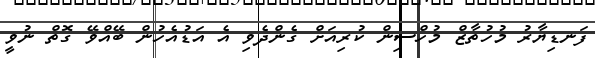
ފަނޑިޔާރު މުހުތާޒް މުހްސިން ކުރިއަށް ގެންދެވި އެ އަޑުއެހުން ބޭއްވޭ ގޮތް ނުވީ